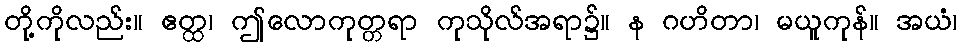
တို့ကိုလည်း။ ဧတ္ထ၊ ဤလောကုတ္တရာ ကုသိုလ်အရာ၌။ န ဂဟိတာ၊ မယူကုန်။ အယံ၊